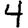
Digit: 4